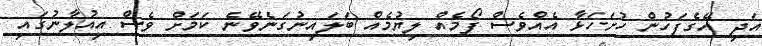
އަދި އޭގެފަހުން ހުށަހަޅާ އެއްވެސް ފޯމެއް ލިޔުމެއް ބަލައިނުގަނެވޭނެ ކަމަށް ވެސް އިއުލާނުގައި